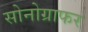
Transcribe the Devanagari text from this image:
सोनोग्राफर